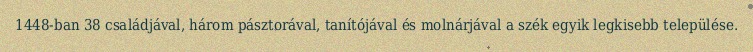
1448-ban 38 családjával, három pásztorával, tanítójával és molnárjával a szék egyik legkisebb települése.